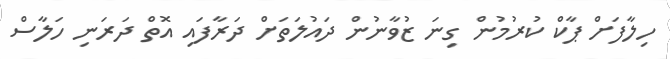
ހިލާފަށް ޕާކް ކުރުމުން ގިނަ ޒުވާނުން ދައުލަތަށް ދަރާފައި އޮތް ދަރަނި ހަލާސް